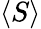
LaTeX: \langle S\rangle